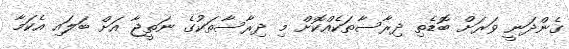
ގެންދަނީ ވަރަށް ބޮޑެތި ދިރާސާތަކެއްކޮށް މި ދިރާސާތަކުގެ ނަތީޖާ އަށް ބަލައި އެކަމާ